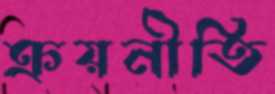
ক্রয়নীতি